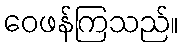
ဝေဖန်ကြသည်။